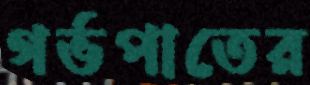
গর্ভপাতের